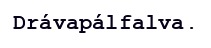
Drávapálfalva.